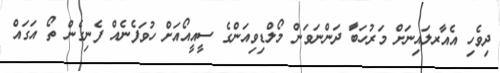
ދިވެހި އެއާރލައިނަށް މަރުހަބަާ ދަންނަވަން މޯލްޑިވިއަންގެ ސީއީއޯއަށް ހުވަފެނެއް ފެނިގެން ތޯ އަގައް